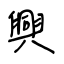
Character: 興